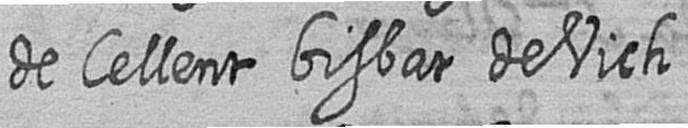
de Cellent bisbat de Vich